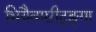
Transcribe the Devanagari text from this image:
भियैवासीद्गङ्गा